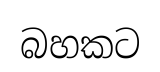
බහකට